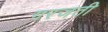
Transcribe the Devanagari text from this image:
गरजती